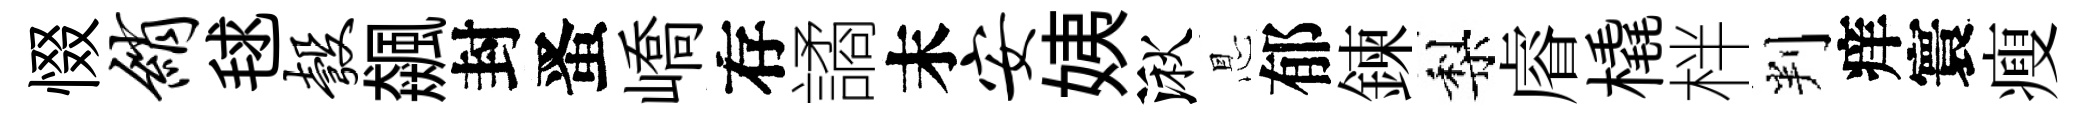
惙绡毬彀飆封󱉠嶠存譎末安姨湫㤙郁鍊梨𥈠橇柈判痒寰瘦